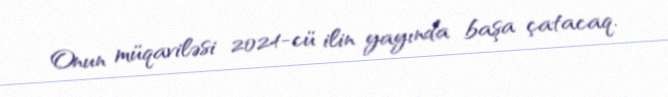
Onun müqaviləsi 2024-cü ilin yayında başa çatacaq.